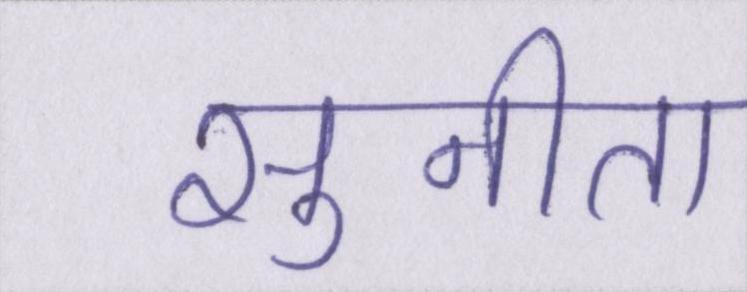
सुनीता